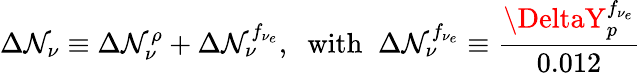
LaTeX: \Delta\mathcal{N}_{\nu}\equiv\Delta\mathcal{N}_{\nu}^{\rho}+\Delta\mathcal{N}_{\nu}^{f_{\nu_{e}}},\; \; \mathrm{{with}}\; \; \Delta\mathcal{N}_{\nu}^{f_{\nu_{e}}}\equiv{\frac{{\DeltaY_{p}^{f_{\nu_{e}}}}}{{0.012}}}